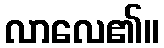
လာလေ၏။